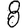
Digit: 8